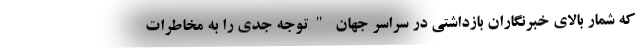
که شمار بالای خبرنگاران بازداشتی در سراسر جهان "توجه جدی را به مخاطرات